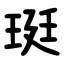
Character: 珽